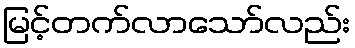
မြင့်တက်လာသော်လည်း